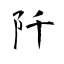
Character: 阡